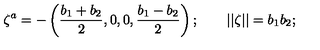
\zeta ^ { a } = - \left( { \frac { b _ { 1 } + b _ { 2 } } { 2 } } , 0 , 0 , { \frac { b _ { 1 } - b _ { 2 } } { 2 } } \right) ; \qquad | | \zeta | | = b _ { 1 } b _ { 2 } ;